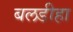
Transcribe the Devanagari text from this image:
बलडीहा